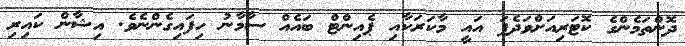
ދޮންތަމެންގެ ކޮޓަރިއަށްވަދެފަ އައީ މާކަރަކާއި ޕެއިންޓް ބައެއް ސާމާނު ހިފައިގެންނެވެ. އިޝާން ކައިރި